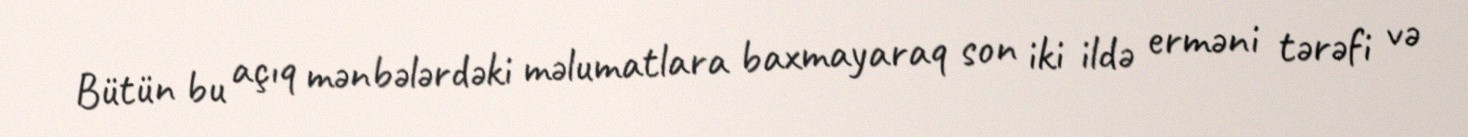
Bütün bu açıq mənbələrdəki məlumatlara baxmayaraq son iki ildə erməni tərəfi və